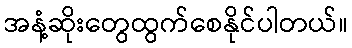
အနံ့ဆိုးတွေထွက်စေနိုင်ပါတယ်။